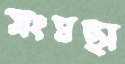
সংঘছা